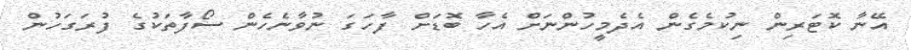
އޭނާ ކޮޓަރިން ނިކުމެގެން އެދެމީހުންނަށް އެހާ ބޮޑަށް ފާހަގަ ނުވާނެހެން ސޯފާތަކުގެ ފުރަގަހުން